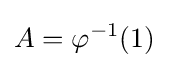
A=\varphi ^{-1}(1)